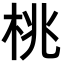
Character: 桃